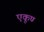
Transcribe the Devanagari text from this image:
एकूण्‍